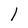
Character: l